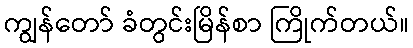
ကျွန်တော် ခံတွင်းမြိန်စာ ကြိုက်တယ်။